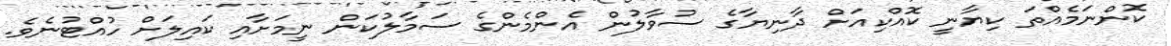
ކޮންނަމެއްތަ ކިޔާނީ ކޮއްކިއަށް ދާނިޔާގެ ސުވާލުން އެންމެންގެ ސަމާލުކަން ނީމަށާއި ކައިލަށް ހުއްޓުނެވެ.